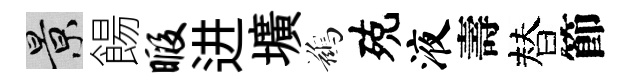
景餳暇进壙鷀殑液壽替節